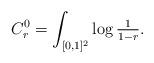
LaTeX: \begin{align*}C_r^0 = \int_{[0,1]^2} \log \tfrac{1}{1-r}. \end{align*}